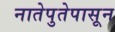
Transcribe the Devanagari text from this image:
नातेपुतेपासून